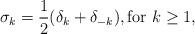
LaTeX: \begin{align*}\sigma_k = \frac{1}{2}(\delta_{k} + \delta_{-k}), \textrm{for $k \geq 1$}, \end{align*}